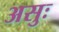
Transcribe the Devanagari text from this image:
असुः